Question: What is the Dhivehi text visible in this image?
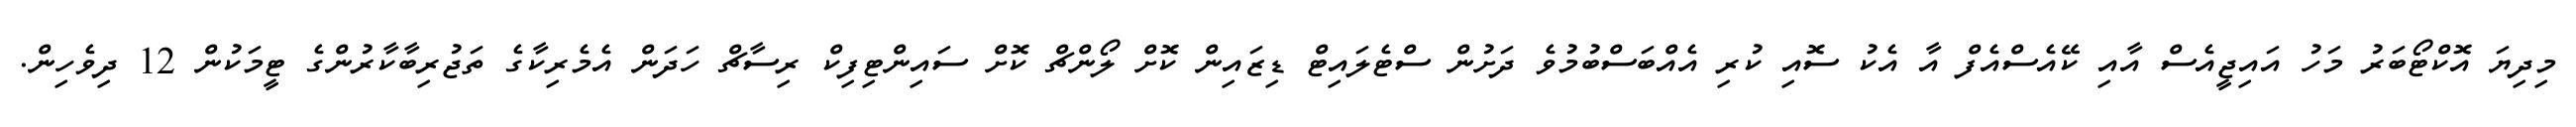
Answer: މިދިޔަ އޮކްޓޯބަރު މަހު އައިޖީއެސް އާއި ކޭއެސްއެފް އާ އެކު ސޮއި ކުރި އެއްބަސްބުމުވެ ދަށުން ސްޓެލައިޓް ޑިޒައިން ކޮށް ލޯންޗް ކޮށް ސައިންޓިފިކް ރިސާޗް ހަދަން އެމެރިކާގެ ތަޖުރިބާކާރުންގެ ޓީމަކުން 12 ދިވެހިން.